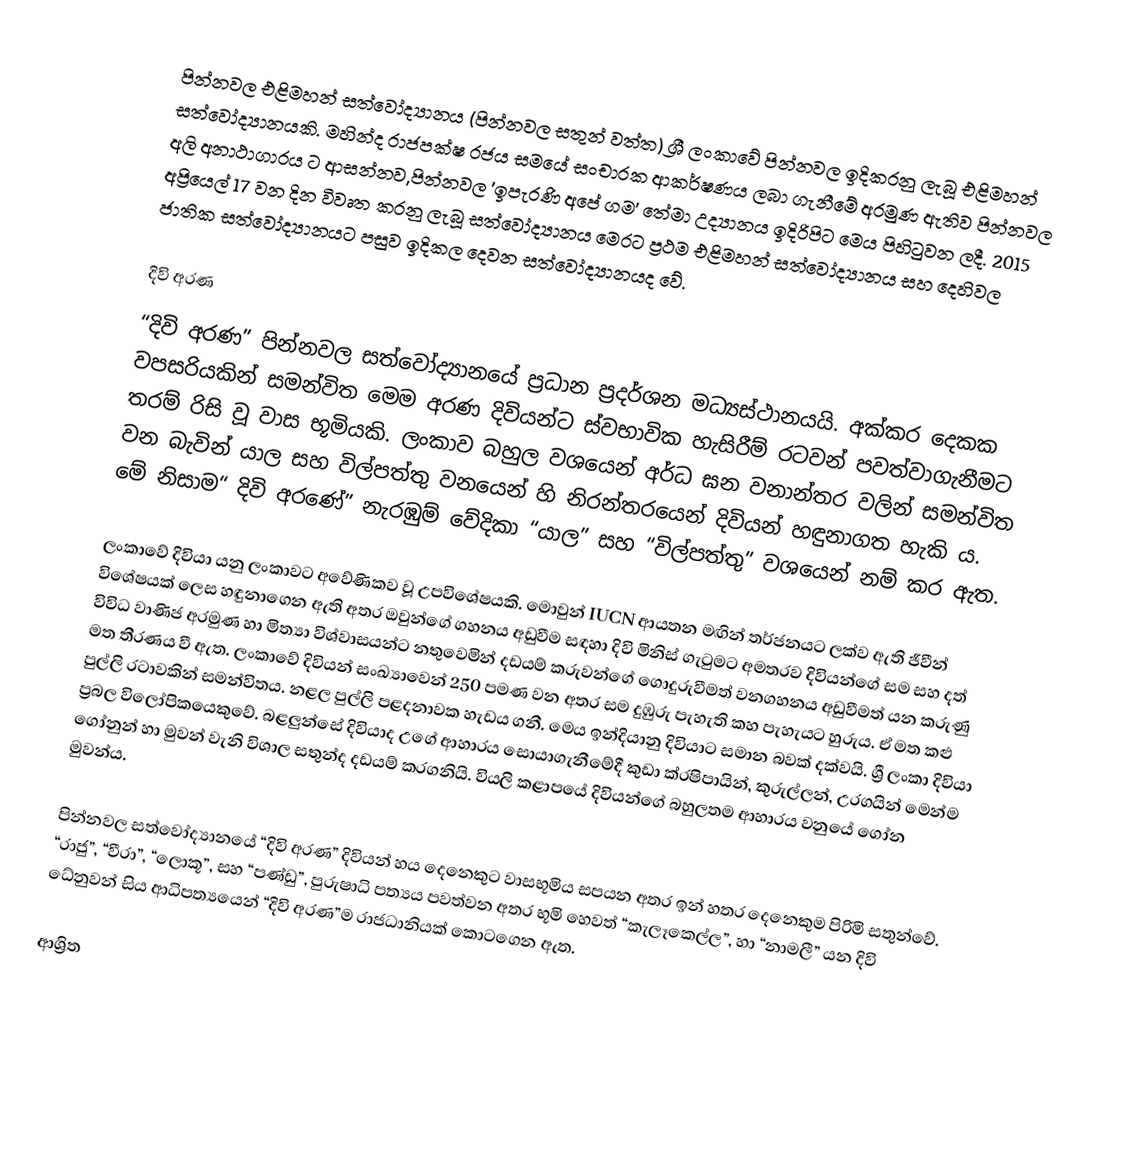
පින්නවල එළිමහන් සත්වෝද්‍යානය (පින්නවල සතුන් වත්ත) ශ්‍රී ලංකාවේ පින්නවල ඉදිකරනු ලැබූ එළිමහන් සත්වෝද්‍යානයකි. මහින්ද රාජපක්ෂ රජය සමයේ සංචාරක ආකර්ෂණය ලබා ගැනීමේ අරමුණ ඇතිව පින්නවල අලි අනාථාගාරය ට ආසන්නව,පින්නවල 'ඉපැරණි අපේ ගම' තේමා උද්‍යානය ඉදිරිපිට මෙය පිහිටුවන ලදී. 2015 අප්‍රියෙල් 17 වන දින විවෘත කරනු ලැබූ සත්වෝද්‍යානය මෙරට ප්‍රථම එළිමහන් සත්වෝද්‍යානය සහ දෙහිවල ජාතික සත්වෝද්‍යානයට පසුව ඉදිකල දෙවන සත්වෝද්‍යානයද වේ.

දිවි අරණ
“දිවි අරණ” පින්නවල සත්වෝද්‍යානයේ ප්‍රධාන ප්‍රදර්ශන මධ්‍යස්ථානයයි. අක්කර දෙකක  වපසරියකින් සමන්විත මෙම අරණ දිවියන්ට ස්වභාවික හැසිරීම් රටවන් පවත්වාගැනීමට තරම් රිසි වූ වාස භූමියකි. ලංකාව බහුල වශයෙන් අර්ධ ඝන වනාන්තර වලින් සමන්විත වන බැවින් යාල සහ විල්පත්තු වනයෙන් හි නිරන්තරයෙන් දිවියන් හඳුනාගත හැකි ය. මේ නිසාම“ දිවි අරණේ” නැරඹුම් වේදිකා “යාල” සහ “විල්පත්තු” වශයෙන් නම් කර ඇත.

ලංකාවේ දිවියා යනු ලංකාවට අවේණිකව වූ උපවිශේෂයකි. මොවුන් IUCN ආයතන මඟින් තර්ජනයට ලක්ව ඇති ජීවීන් විශේෂයක් ලෙස හඳුනාගෙන ඇති අතර ඔවුන්ගේ ගහනය අඩුවීම සඳහා දිවි මිනිස් ගැටුමට අමතරව දිවියන්ගේ සම සහ දත් විවිධ වාණිජ අරමුණ හා මිත්‍යා විශ්වාසයන්ට නතුවෙමින් දඩයම් කරුවන්ගේ ගොදුරුවීමත් වනගහනය අඩුවීමත් යන කරුණු මත තීරණය වී ඇත. ලංකාවේ දිවියන් සංඛ්‍යාවෙන් 250 පමණ වන අතර සම දුඹුරු පැහැති කහ පැහැයට හුරුය. ඒ මත කළු පුල්ලි රටාවකින් සමන්විතය. නළල පුල්ලි පළදනාවක හැඩය ගනී. මෙය ඉන්දියානු දිවියාට සමාන බවක් දක්වයි. ශ්‍රී ලංකා දිවියා ප්‍රබල විලෝපිකයෙකුවේ. බළලුන්සේ දිවියාද උගේ ආහාරය සොයාගැනීමේදී කුඩා ක්රෂිපායින්, කුරුල්ලන්, උරගයින්‍ මෙන්ම ගෝනුන් හා මුවන් වැනි විශාල සතුන්ද දඩයම් කරගනියි. වියලි කළාපයේ දිවියන්ගේ බහුලතම ආහාරය වනුයේ ගෝන මුවන්ය.

පින්නවල සත්වෝද්‍යානයේ “දිවි අරණ” දිවියන් හය දෙනෙකුට වාසභූමිය සපයන අතර ඉන් හතර දෙනෙකුම පිරිමි සතුන්වේ. “රාජු”, “වීරා”, “ලොකූ”, සහ “පණ්ඩු”, පුරුෂාධි පත්‍යය පවත්වන අතර භූමි හෙවත් “කැලෑකෙල්ල”, හා “නාමලී” යන දිවි ධේනුවන් සිය ආධිපත්‍යයෙන් “දිවි අරණ”ම රාජධානියක් කොටගෙන ඇත.

ආශ්‍රිත